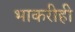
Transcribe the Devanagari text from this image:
भाकरीही